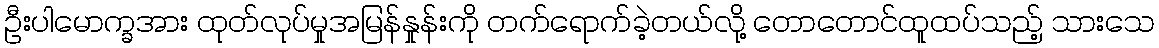
ဦးပါမောက္ခအား ထုတ်လုပ်မှုအမြန်နှုန်းကို တက်ရောက်ခဲ့တယ်လို့ တောတောင်ထူထပ်သည့် သားသေ